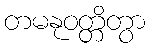
တမနုဝတ္တိတွာ